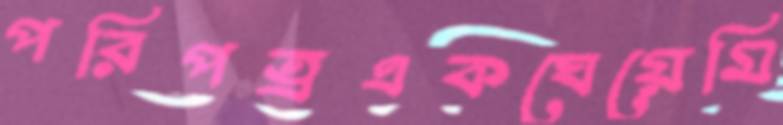
পরিপত্রএকঘেয়েমি